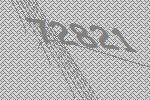
72821